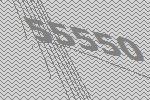
55550